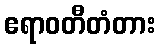
ဧရာဝတီတံတား